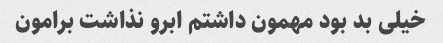
خیلی بد بود مهمون داشتم ابرو نذاشت برامون